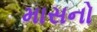
માસનો